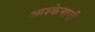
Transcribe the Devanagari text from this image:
आश्केनाज़ी